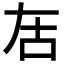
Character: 𠯛